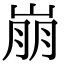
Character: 崩